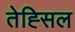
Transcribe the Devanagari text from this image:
तेह्सिल